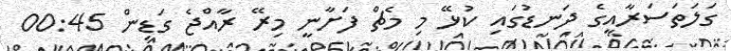
ގަލަތަސަރާއީގެ ދަނޑުގައި ކުޅޭ މި މެޗް ފަށާނީ މިރޭ ރާއްޖެ ގަޑިން 00:45